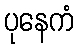
ပုနေကံ